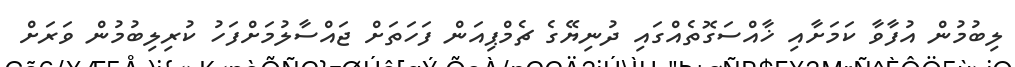
ލިބުމުން އުފާވާ ކަމަށާއި ޚާއްސަގޮތެއްގައި ދުނިޔޭގެ ޗެމްޕިއަން ފަހަތަށް ޖައްސާލުމަށްފަހު ކުރިލިބުމުން ވަރަށް